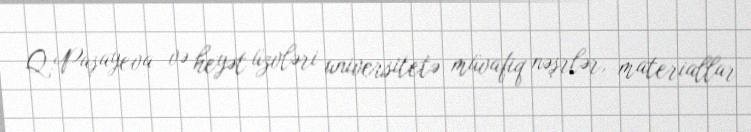
Q.Paşayeva və heyət üzvləri universitetə müvafiq nəşrlər, materiallar